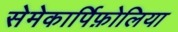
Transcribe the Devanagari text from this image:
सेमेकार्पिफ़ोलिया